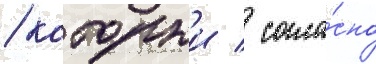
/ которыи / согла́сно